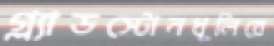
গ্ল্যাডস্টোনধূলিরে